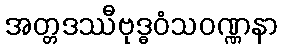
အတ္တဒဿီဗုဒ္ဓဝံသဝဏ္ဏနာ